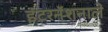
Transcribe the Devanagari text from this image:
इंटरनॅशनाले